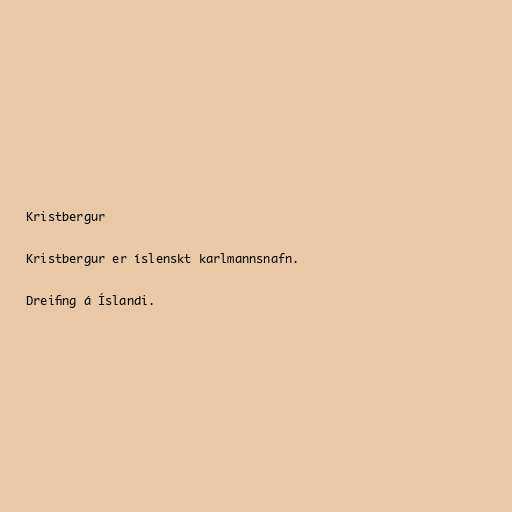
Kristbergur

Kristbergur er íslenskt karlmannsnafn.

Dreifing á Íslandi.